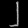
Digit: ၂